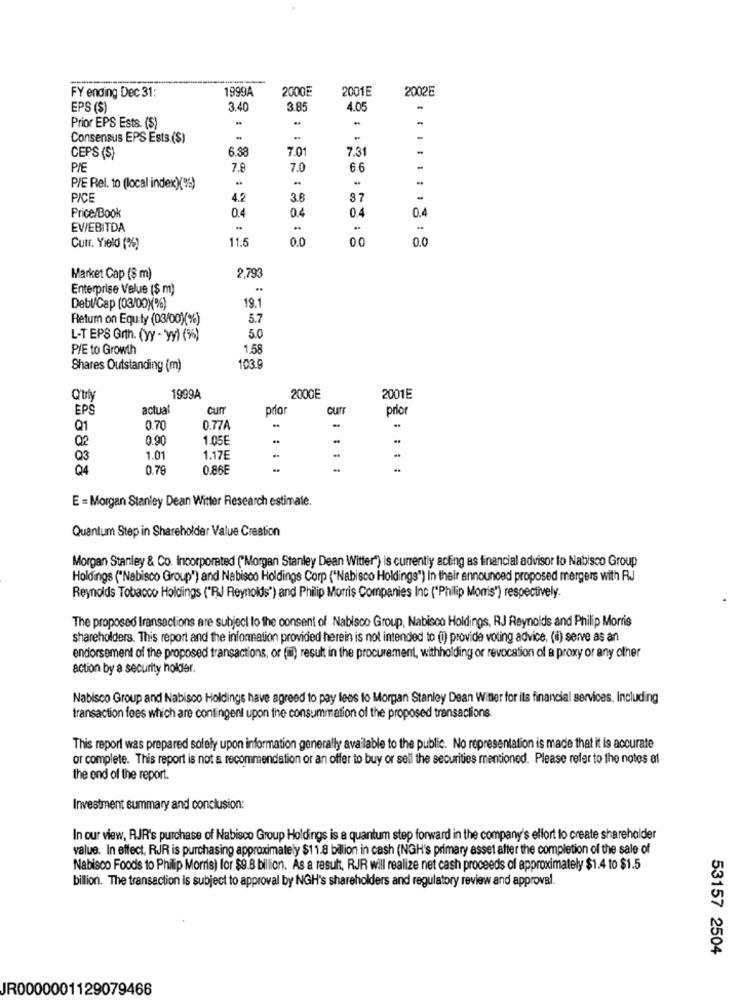
FY ending Dec 31:
1999A
2000E
2001E
2002E
EPS (S)
3.40
3.85
4.05
Prior EPS Ests. (S)
Consensus EPS Ests.($)
6.38
7.01
7.31
CEPS (S)
PIE
7.9
7.0
6.6
-
P/E Rel. to (local index)(%)
PICE
4.2
3.8
87
0.4
0.4
0.4
Price/Book
0.4
EV/EBITDA
-
11.5
0.0
0.0
0.0
Curr. Yield (%)
2,793
Market Cap ($ m)
Enterprise Value ($ m)
Debl/Cap (03/00)%)
19.1
Retum on Equity (03/00)(%)
5.7
5.0
L-T EPS Grth. (yy - 'yy) (%)
P/E to Growth
1,58
Shares Outstanding (m)
103.
Q'uly
1999A
2000E
2001E
EPS
actual
curr
pro
prio
Q1
0.70
0.77A
Q2
0.90
1.05€
Q3
1.01
1.17E
Q4
0.79
0.86E
E = Morgan Stanley Dean Witter Research estimate.
Quantum Step in Shareholder Value Creation
Morgan Stanley & Co. Incorporated ("Morgan Stanley Dean Witter") is currently acting as financial advisor to Nabisco Group
Holdings ("Nabisco Group') and Nabisco Holdings Corp ("Nabisco Holdings") In their announced proposed mergers with RJ
Reynolds Tobacco Holdings ("RJ Reynolds") and Philip Morris Companies Inc ("Philip Monis") respectively.
The proposed transactions are subject to the consent of Nabisco Group, Nabisco Holdings, RJ Reynolds and Philip Morris
shareholders. This report and the information provided herein is not intended to (i) provide voting advice, (ii) serve as an
endorsement of the proposed transactions, or (mi) result in the procurement, withholding or revocation of a proxy or any other
action by a security holder.
Nabisco Group and Nabisco Holdings have agreed to pay lees to Morgan Stanley Dean Witter for its financial services, Including
transaction fees which are contingent upon the consummation of the proposed transactions.
This report was prepared solely upon information generally available to the public. No representation is made that it is accurate
or complete. This report is not a recommendation or an offer to buy or sell the securities mentioned. Please refer to the notes at
the end of the report.
Investment summary and conclusion:
In our view, RJR's purchase of Nabisco Group Holdings is a quantum step forward in the company's effort to create shareholder
value. In effect, RJR is purchasing approximately $11.8 billion in cash (NGH's primary asset alter the completion of the sale of
Nabisco Foods to Philip Morris) for $9.8 billion. As a result, RJR will realize net cash proceeds of approximately $1.4 to $1.5
billion. The transaction is subject to approval by NGH's shareholders and regulatory review and approval.
53157 2504
JR0000001129079466